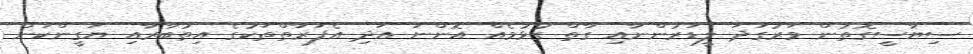
ސިޔާސީގޮތުން ވަރުގަދަ ލީޑަރުންނާއި ގާތް ގުޅުމެއް އޮންނަ އަދި އެފަރާތްތަކުގެ އިތުބާރާއި ޔަގީންކަން